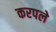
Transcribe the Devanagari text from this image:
करपले